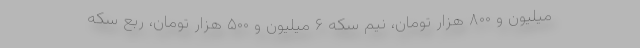
میلیون و ۸۰۰ هزار تومان، نیم سکه ۶ میلیون و ۵۰۰ هزار تومان، ربع سکه